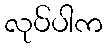
လုပ်ပါက